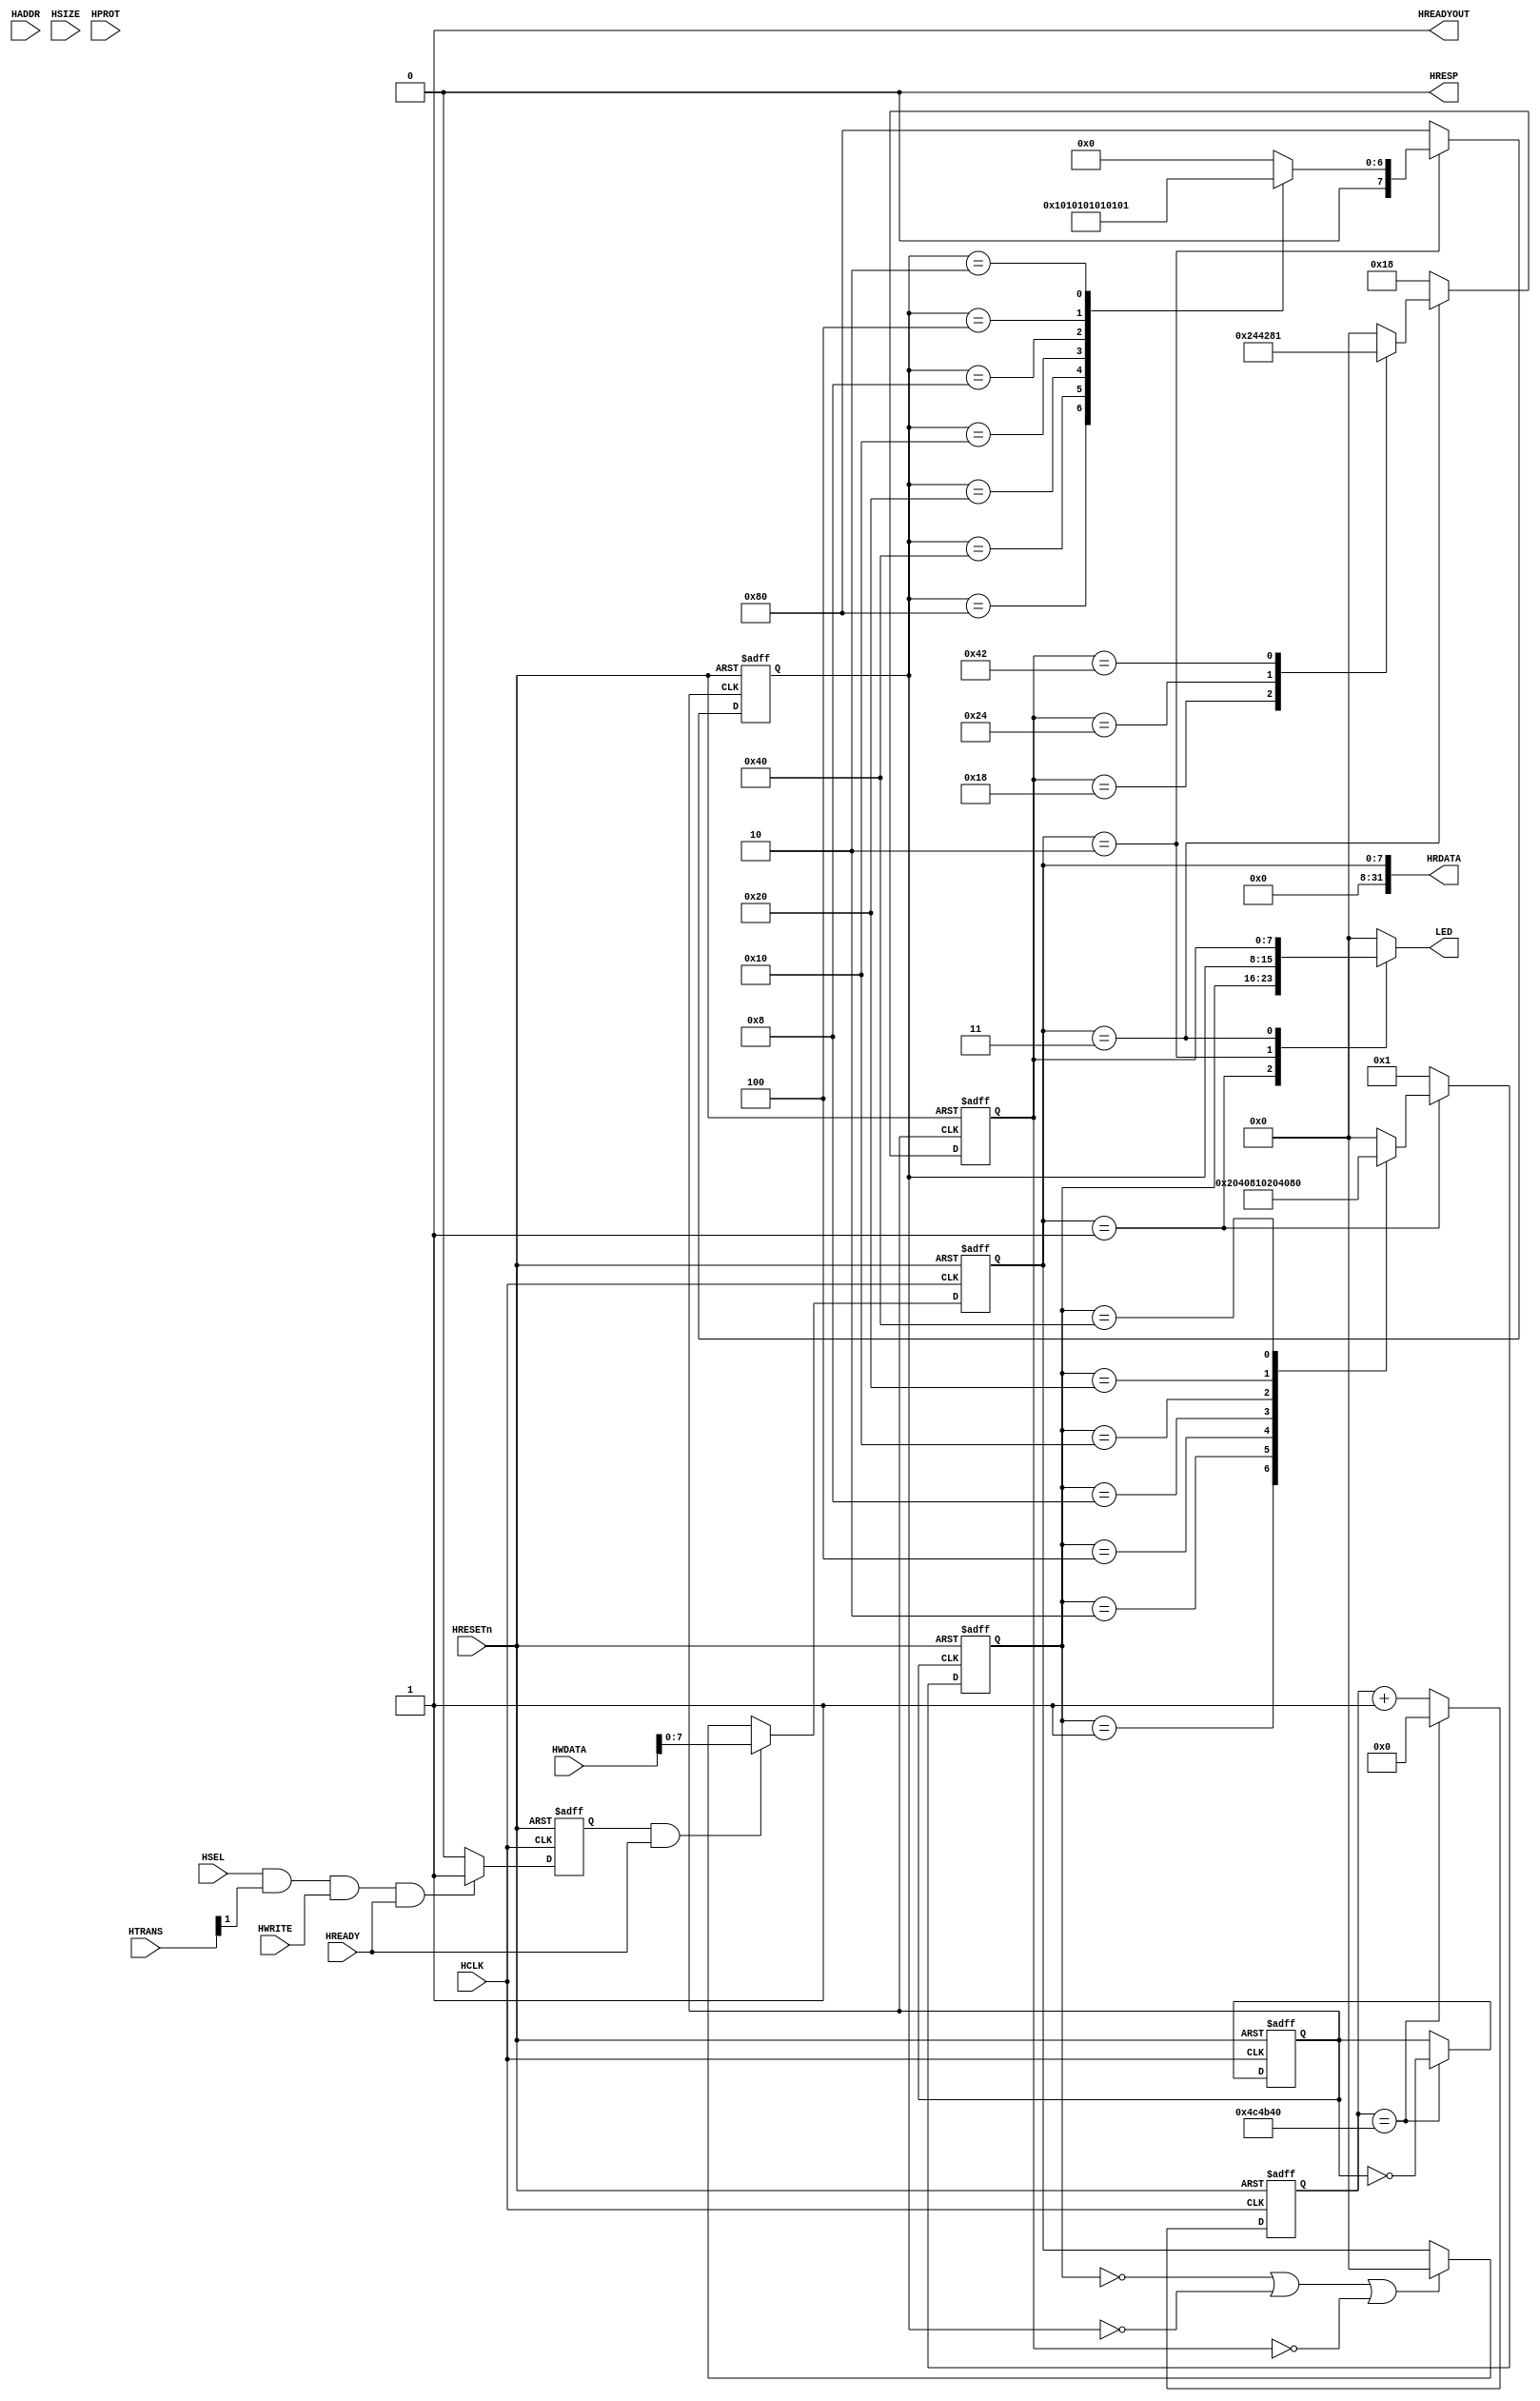
module AHBlite_LED(
    input  wire          HCLK,    
    input  wire          HRESETn, 
    input  wire          HSEL,    
    input  wire   [31:0] HADDR,   
    input  wire    [1:0] HTRANS,  
    input  wire    [2:0] HSIZE,   
    input  wire    [3:0] HPROT,   
    input  wire          HWRITE,  
    input  wire   [31:0] HWDATA,  
    input  wire          HREADY,  
    output wire          HREADYOUT, 
    output wire   [31:0] HRDATA,  
    output wire          HRESP,
	output reg    [7:0]  LED
);

assign HRESP = 1'b0;
assign HREADYOUT = 1'b1;

reg	[7:0]	WaterLight_mode; 	//模式改变

wire write_en;
assign write_en = HSEL & HTRANS[1] & HWRITE & HREADY;

reg wr_en_reg;
always@(posedge HCLK or negedge HRESETn) begin
  if(~HRESETn) wr_en_reg <= 1'b0;
  else if(write_en) wr_en_reg <= 1'b1;
  else wr_en_reg <= 1'b0;
end

always@(posedge HCLK or negedge HRESETn) begin
    if(~HRESETn)
		WaterLight_mode <= 8'd0;
    else if(wr_en_reg && HREADY)
        WaterLight_mode <= HWDATA[7:0];
	else if(mode1 == 8'h00 || mode2 == 8'h00 || mode3 == 8'h00)
		WaterLight_mode <= 8'h00;		


    
end

assign HRDATA = {24'b0,WaterLight_mode};


//------------------------------------------------------
//  PWM
//------------------------------------------------------

reg [31:0] pwm_cnt;

always@(posedge HCLK or negedge HRESETn) begin
    if(~HRESETn) pwm_cnt <= 32'b0;
    else if(pwm_cnt == 32'd5000000) pwm_cnt <= 32'b0;
    else pwm_cnt <= pwm_cnt + 1'b1;
end

reg light_clk;

always@(posedge HCLK or negedge HRESETn) begin
    if(~HRESETn) light_clk <= 1'b0;
    else if(pwm_cnt == 32'd5000000) light_clk <= ~light_clk;
end



//------------------------------------------------------
//  OFF MODE
//------------------------------------------------------

wire [7:0] mode0;

assign mode0 = 8'h00;


//------------------------------------------------------
//  LEFT MODE
//------------------------------------------------------

reg [7:0] mode1;

always@(posedge light_clk or negedge HRESETn) begin
    if(~HRESETn) mode1 <= 8'h01;
    else if(WaterLight_mode == 8'h01)		//模式1
	  begin
        case(mode1)
        8'h01 : mode1 <= 8'h02;
        8'h02 : mode1 <= 8'h04;
        8'h04 : mode1 <= 8'h08;
        8'h08 : mode1 <= 8'h10;
        8'h10 : mode1 <= 8'h20;
        8'h20 : mode1 <= 8'h40;
        8'h40 : mode1 <= 8'h80;
        default : mode1 <= 8'h00;
        endcase
      end
	else
		mode1 <= 8'h01;
end

//------------------------------------------------------
//  RIGHT MODE
//------------------------------------------------------

reg [7:0] mode2;

always@(posedge light_clk or negedge HRESETn) begin
    if(~HRESETn) mode2 <= 8'h80;
    else if(WaterLight_mode == 8'h02)		//模式2
	  begin
        case(mode2)
		8'h80 : mode2 <= 8'h40;
        8'h40 : mode2 <= 8'h20;
        8'h20 : mode2 <= 8'h10;
        8'h10 : mode2 <= 8'h08;
        8'h08 : mode2 <= 8'h04;
        8'h04 : mode2 <= 8'h02;
        8'h02 : mode2 <= 8'h01;
        default : mode2 <= 8'h00;
        endcase
	  end
	else
		mode2 <= 8'h80;
end

//------------------------------------------------------
//  DANCE MODE
//------------------------------------------------------

reg [7:0] mode3;

always@(posedge light_clk or negedge HRESETn) begin
    if(~HRESETn) mode3 <= 8'h18;
    else if(WaterLight_mode == 8'h03)		//模式3
	  begin
        case(mode3)
        8'h18 : mode3 <= 8'h24;
        8'h24 : mode3 <= 8'h42;
        8'h42 : mode3 <= 8'h81;
        8'h81 : mode3 <= 8'h00;
        default : mode3 <= 8'h00;
        endcase
      end
	else
		mode3 <= 8'h18;
end

//------------------------------------------------------
//  OUTPUT MUX
//------------------------------------------------------

always@(*) begin
    case(WaterLight_mode)
    8'h00 : begin LED = mode0;end  	
    8'h01 : begin LED = mode1;end  
    8'h02 : begin LED = mode2;end
    8'h03 : begin LED = mode3;end
    default : begin LED = 8'h00;end
    endcase
end


endmodule